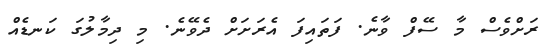
ރަށްވެސް މާ ސޭފް ވާނެ. ފަތައިފަ އެރަށަށް ދެވޭނެ. މި ދިމާލުގަ ކަނޑެއް